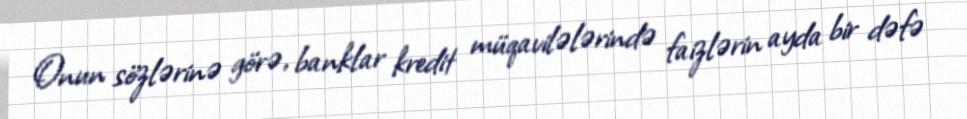
Onun sözlərinə görə, banklar kredit müqavilələrində faizlərin ayda bir dəfə